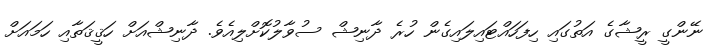
ނޭންގީ ރީޝާގެ އަތުގައި ހިފަހައްޓައިލައިގެން ހުރެ ދާނިޝް ސުވާލުކޮށްލިއެވެ. ދާނިޝްއަށް ހަޤީޤަަތާއި ހަމައަށް